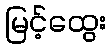
မြင့်ထွေး